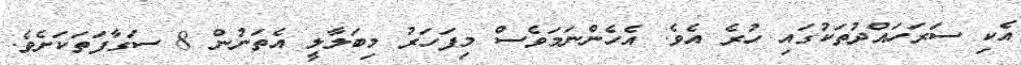
އެކި ސަރަހައްދުތަކުގައި ހުރެ އެވެ. އެހެންނަމަވެސް މިފަހަރު މިބަލާލީ އެތަނުން 8 ސަގާފަތަކަށެވެ.